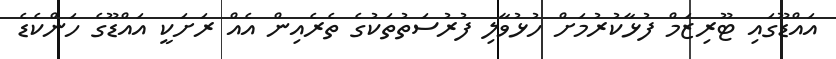
އައްޑޫގައި ޓޫރިޒަމް ފުޅާކުރުމަށް ހުޅުވާލި ފުރުސަތުތަކުގެ ތެރެއިން އެއް ރަށަކީ އައްޑޫގެ ހަންކެޑެ